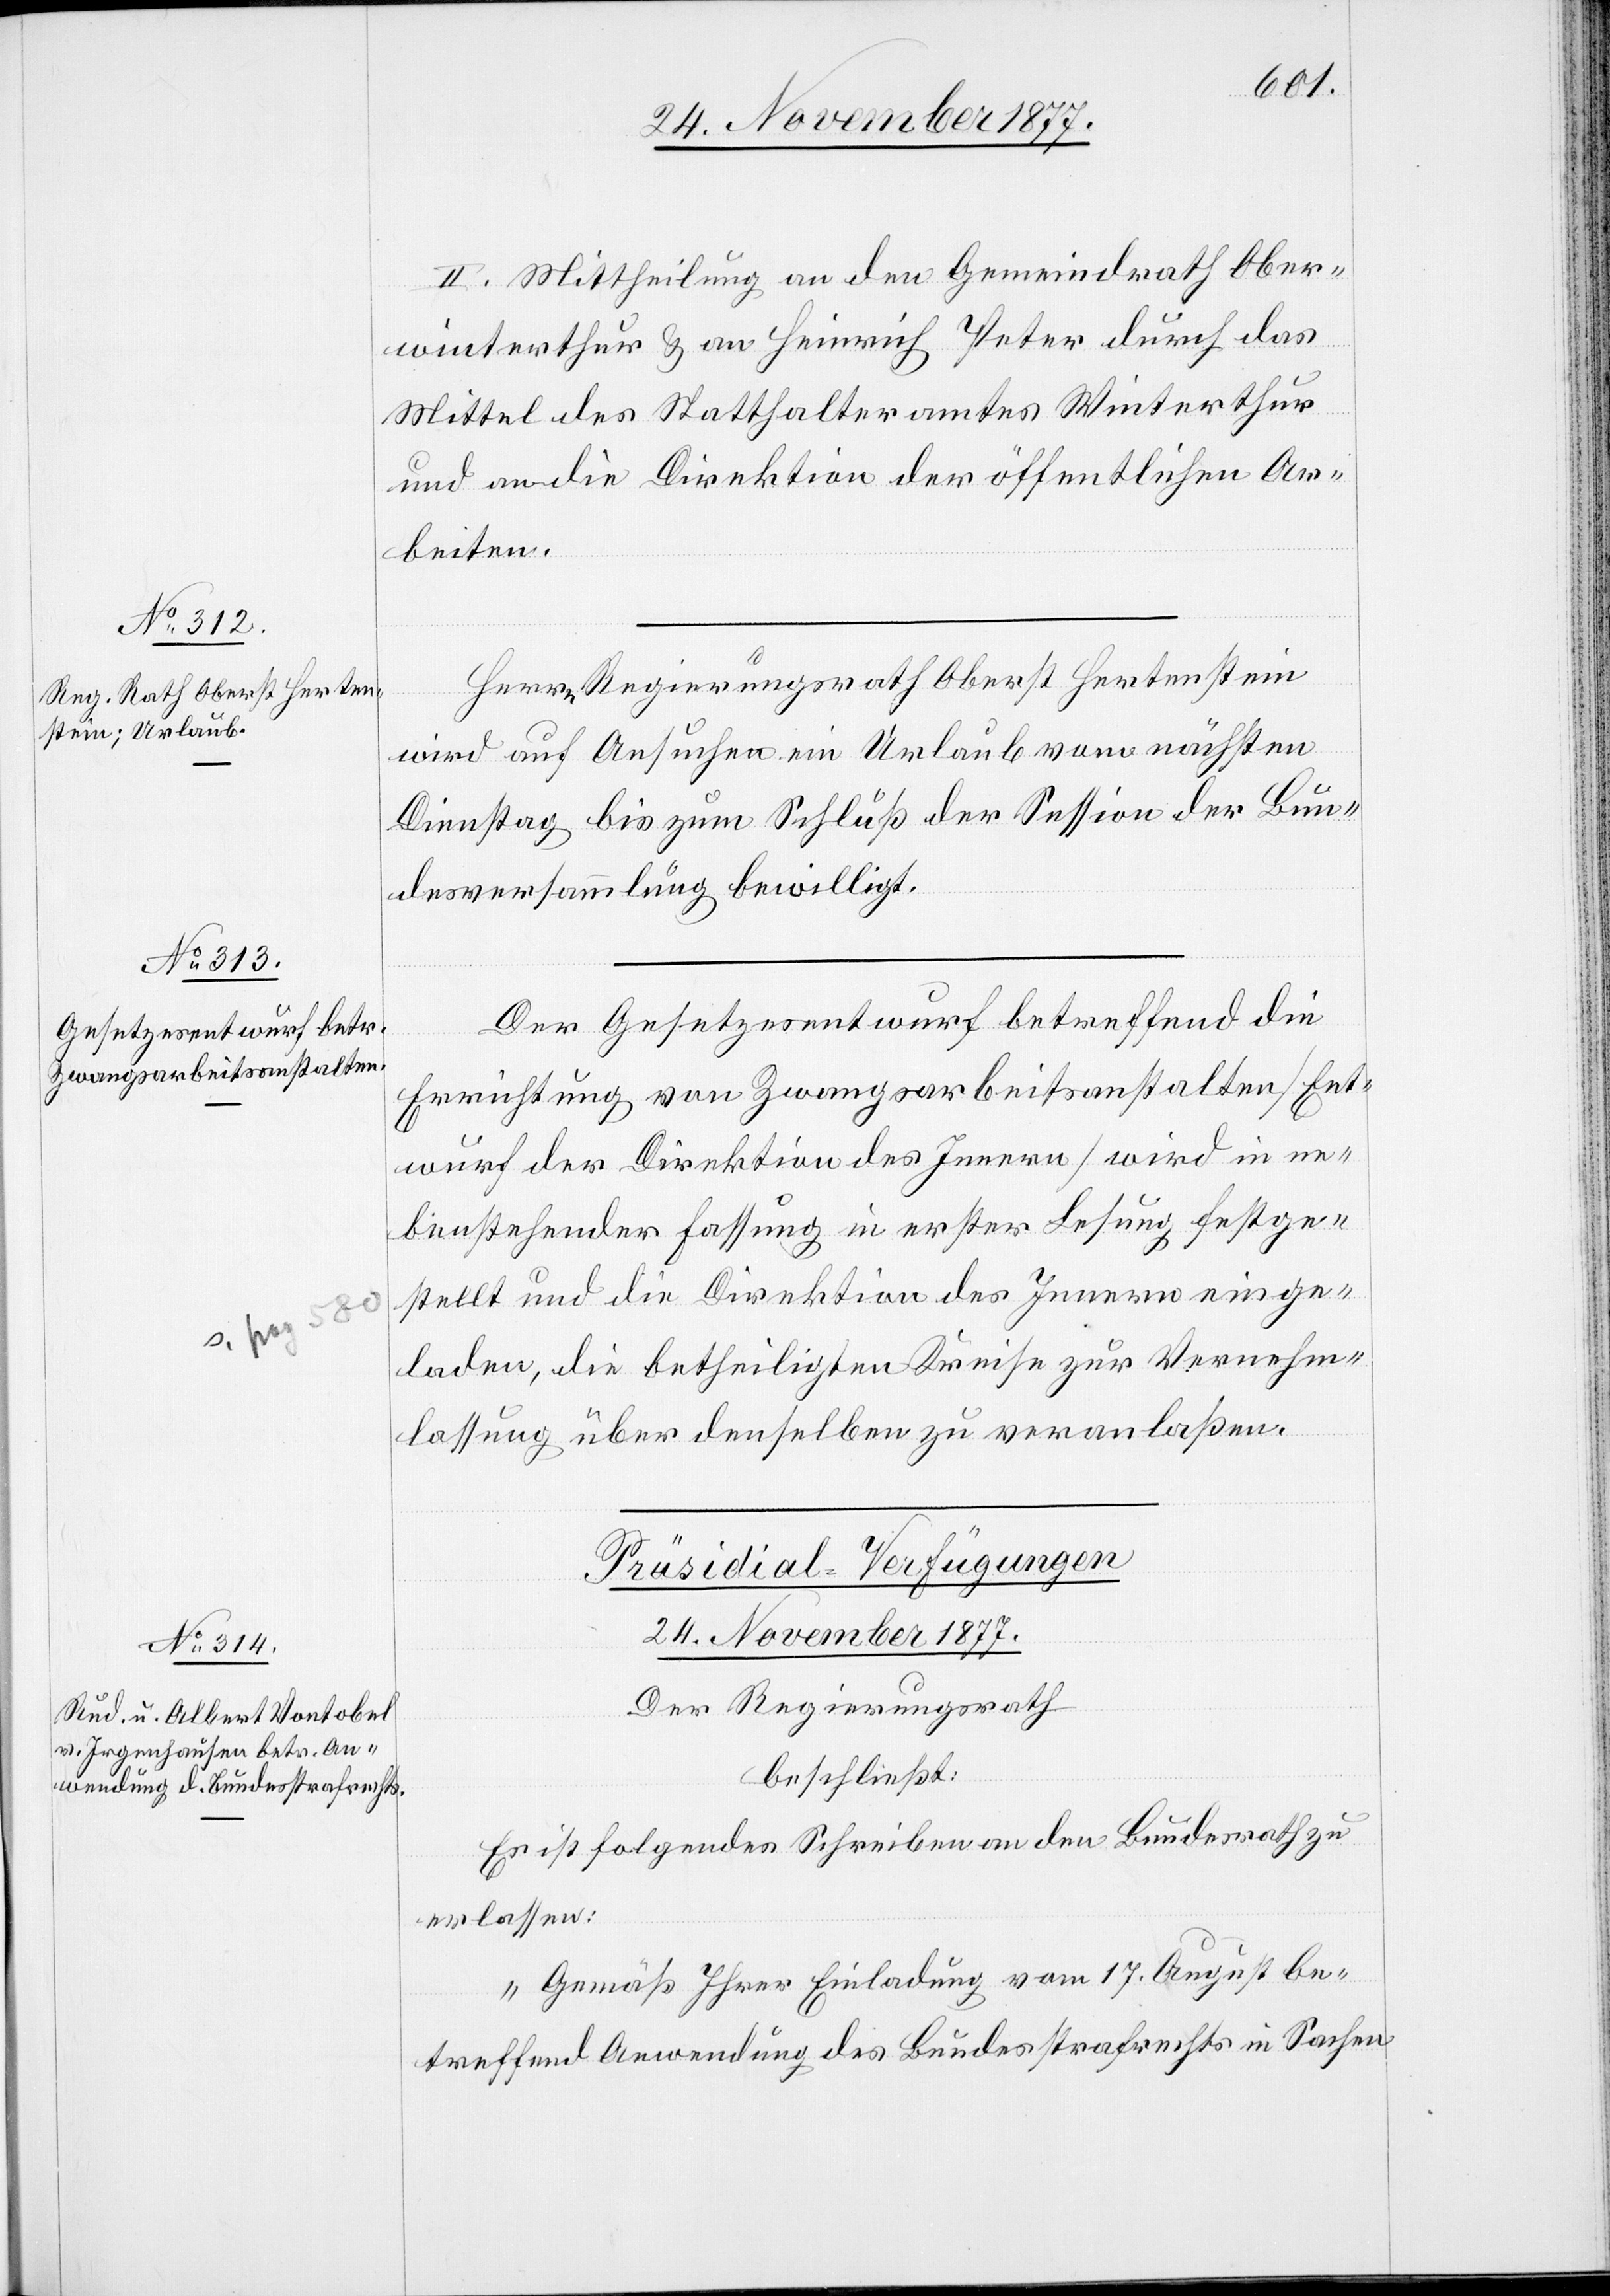
II. Mittheilung an den Gemeindrath Ober¬
winterthur & an Heinrich Peter durch das
Mittel des Statthalteramtes Winterthur
und an die Direktion der öffentlichen Ar¬
beiten.
Herrn Regierungsrath Oberst Hertenstein
wird auf Ansuchen ein Urlaub vom nächsten
Dienstag bis zum Schluß der Session der Bun¬
desversammlung bewilligt.
Der Gesetzesentwurf betreffend die
Errichtung von Zwangsarbeitsanstalten [Ent¬
wurf der Direktion des Innern] wird in ne¬
benstehender Fassung in erster Lesung festge¬
stellt und die Direktion des Innern einge¬
laden, die betheiligten Kreise zur Vernehm¬
lassung über denselben zu veranlaßen.
Präsidial-Verfügungen
24. November 1877.
Der Regierungsrath
beschließt:
Es ist folgendes Schreiben an den Bundesrath zu
erlassen:
„Gemäß Ihrer Einladung vom 17. August be¬
treffend Anwendung des Bundesstrafrechts in Sachen